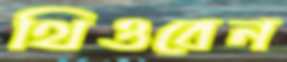
থিওবেন